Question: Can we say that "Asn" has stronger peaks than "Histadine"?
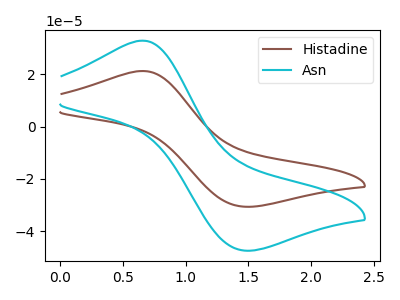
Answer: <think>The brown curve "Histadine" has an anodic peak at (0.65V, 21.15uA) and a cathodic peak at (1.45V, -30.55uA). The cyan curve "Asn" has an anodic peak at (0.65V, 32.75uA) and a cathodic peak at (1.45V, -47.30uA).</think>
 <answer>Every peak in "Asn" is higher than every peak in "Histadine".</answer>
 <eval>higher</eval>